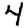
Digit: 4